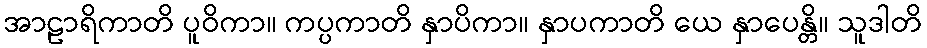
အာဠာရိကာတိ ပူဝိကာ။ ကပ္ပကာတိ နှာပိကာ။ နှာပကာတိ ယေ နှာပေန္တိ။ သူဒါတိ